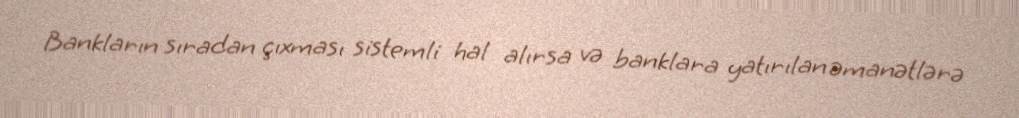
Bankların sıradan çıxması sistemli hal alırsa və banklara yatırılan əmanətlərə